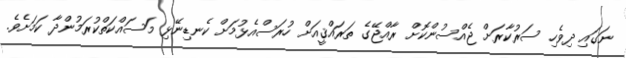
ނަގައި ދިވެހި ސަރުކާރަށް ޖެއްސުންކޮށް ރާއްޖޭގެ ތަރައްޤީއަށް ހުރަސްއެޅުމަށް ކެނޑިނޭޅި މަސައްކަތްކުރަމުންދާ ކަމަށެވެ.